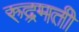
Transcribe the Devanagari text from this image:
रुद्रमती